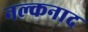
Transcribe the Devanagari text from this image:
नल्कनाद